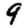
Digit: 9